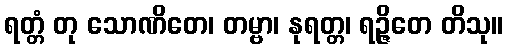
ရတ္တံ တု သောဏိတေ၊ တမ္ဗာ၊ နုရတ္တ၊ ရဉ္ဇိတေ တိသု။